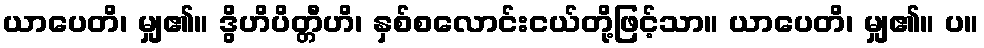
ယာပေတိ၊ မျှ၏။ ဒွိဟိပိတ္တီဟိ၊ နှစ်စလောင်းငယ်တို့ဖြင့်သာ။ ယာပေတိ၊ မျှ၏။ ပ။